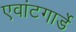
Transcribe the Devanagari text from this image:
एवांटगार्डे